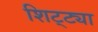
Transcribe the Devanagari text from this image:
शिट्ट्या